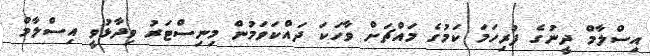
އިސްލާމް ދީނުގެ ފުރިހަމަ ކަމުގެ މައްޗަށް ވާހަކަ ދައްކަވަމުން މިނިސްޓަރު ވިދާޅުވީ އިސްލާމް